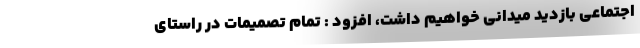
اجتماعی بازدید میدانی خواهیم داشت، افزود : تمام تصمیمات در راستای